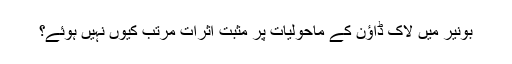
بونیر میں لاک ڈاؤن کے ماحولیات پر مثبت اثرات مرتب کیوں نہیں ہوئے؟